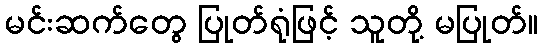
မင်းဆက်တွေ ပြုတ်ရုံဖြင့် သူတို့ မပြုတ်။